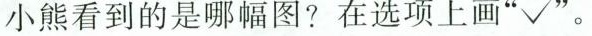
小熊看到的是哪幅图？在选项上画”√ “。